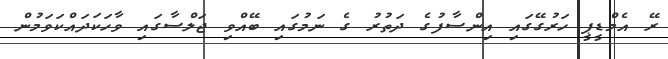
ރޭ އެމްޑީޕީ ހަރުގޭގައި އިންސާފުގެ ދަތުރު ގެ ނަމުގައި ބޭއްވި ޖަލްސާގައި ވާހަކަދައްކަވަމުން